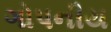
ગોપનીય